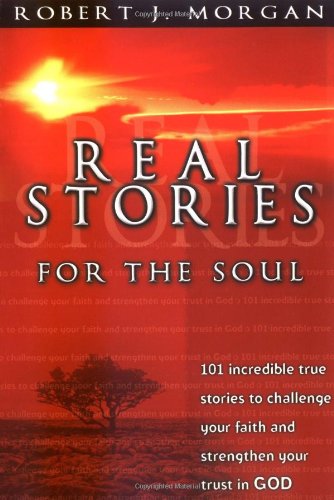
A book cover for Real Stories For The Soul 101 Incredible True Stories To Challenge Your Faith And Strengthen Your Trust In God; Robert J. Morgan; Christian Books & Bibles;